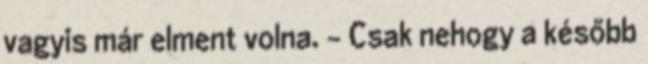
vagyis már elment volna. - Csak nehogy a később